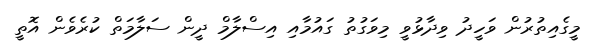
މީގެއިތުރުން ވަހީދު ވިދާޅުވީ މިވަގުތު ގައުމާއި އިސްލާމް ދީން ސަލާމަތް ކުރެވެން އޮތީ